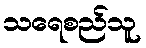
သရေစည်သူ